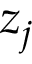
z _ { j }